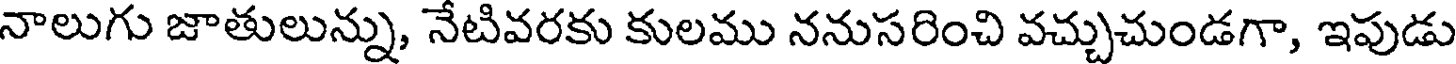
నాలుగు జాతులున్ను, నేటివరకు కులము ననుసరించి వచ్చుచుండగా, ఇపుడు